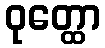
ဝုတ္ထော